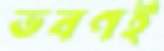
ভবণই